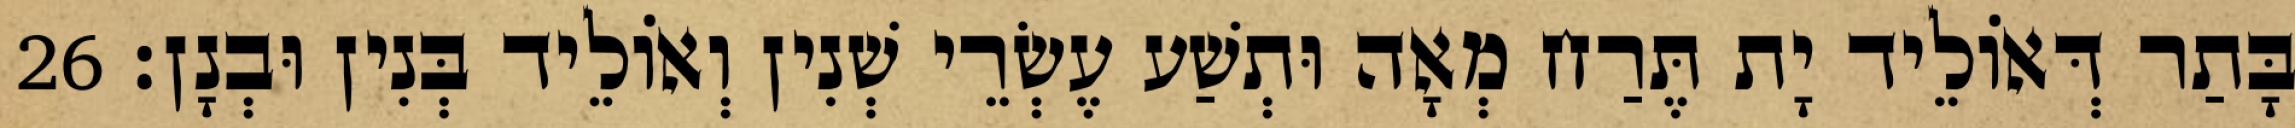
בָּתַר דְּאוֹלֵיד יָת תֶּרַח מְאָה וּתְשַׁע עֶשְׂרֵי שְׁנִין וְאוֹלֵיד בְּנִין וּבְנָן׃ 26